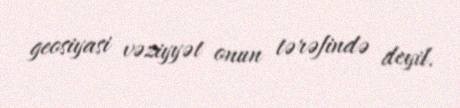
geosiyasi vəziyyət onun tərəfində deyil.